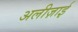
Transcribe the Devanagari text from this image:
अलीज़ाई